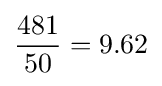
{\frac {481}{50}}=9.62